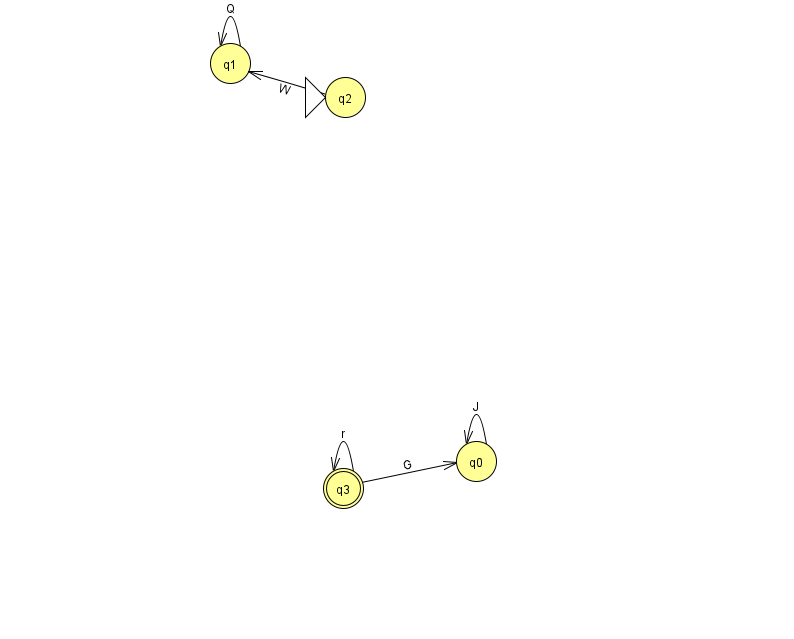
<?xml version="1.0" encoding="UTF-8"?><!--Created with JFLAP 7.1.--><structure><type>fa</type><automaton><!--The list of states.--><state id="0" name="q0"><x>476.0</x><y>448.0</y></state><state id="1" name="q1"><x>230.0</x><y>50.0</y></state><state id="2" name="q2"><x>345.0</x><y>84.0</y><initial/></state><state id="3" name="q3"><x>343.0</x><y>475.0</y><final/></state><!--The list of transitions.--><transition><from>1</from><to>1</to><read>Q</read></transition><transition><from>3</from><to>3</to><read>r</read></transition><transition><from>3</from><to>0</to><read>G</read></transition><transition><from>2</from><to>1</to><read>W</read></transition><transition><from>0</from><to>0</to><read>J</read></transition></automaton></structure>